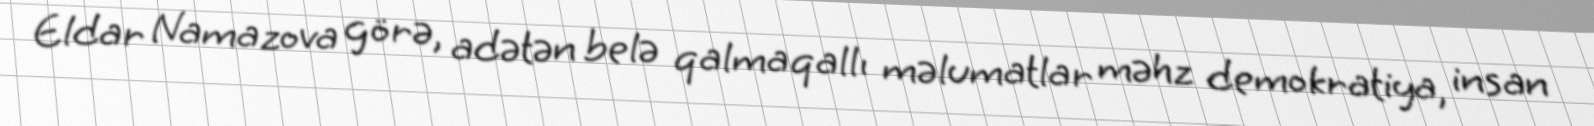
Eldar Namazova görə, adətən belə qalmaqallı məlumatlar məhz demokratiya, insan